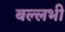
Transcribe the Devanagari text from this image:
बल्लभी